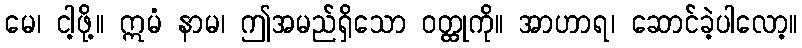
မေ၊ ငါ့ဖို့။ ဣမံ နာမ၊ ဤအမည်ရှိသော ဝတ္ထုကို။ အာဟာရ၊ ဆောင်ခဲ့ပါလော့။